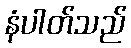
နံပါတ်သည်